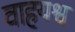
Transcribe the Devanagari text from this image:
वाहयश्व